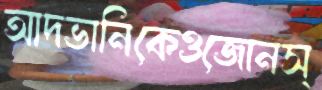
আদভানিকেওজোনস্